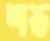
শভ